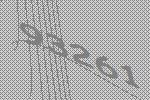
93261